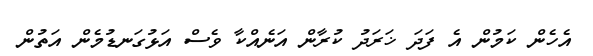
އެހެން ކަމުން އެ ފަދަ ޚަރަދު ކުރާން އަނެއްކާ ވެސް އަޅުގަނޑުމެން އަތުން